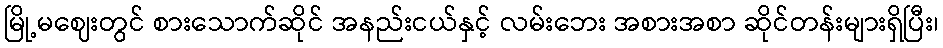
မြို့မဈေးတွင် စားသောက်ဆိုင် အနည်းငယ်နှင့် လမ်းဘေး အစားအစာ ဆိုင်တန်းများရှိပြီး၊